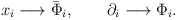
\begin{align*}\begin{array}{l}x_{i}\longrightarrow\bar{\Phi}_{i},\qquad\partial_{i}\longrightarrow\Phi_{i}.\end{array}\end{align*}